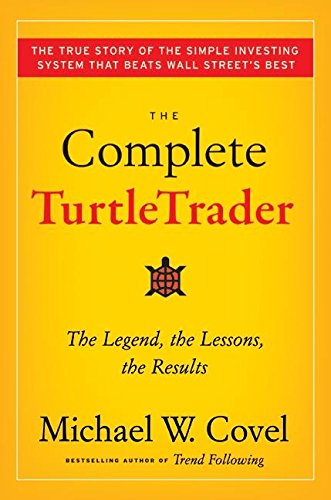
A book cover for The Complete TurtleTrader: The Legend, the Lessons, the Results; Michael W. Covel; Business & Money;